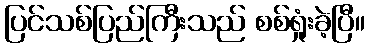
ပြင်သစ်ပြည်ကြီးသည် စစ်ရှုံးခဲ့ပြီ။